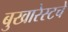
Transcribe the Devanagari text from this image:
बुखारेस्टचे